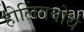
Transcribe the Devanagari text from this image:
होलिंगवोर्थ